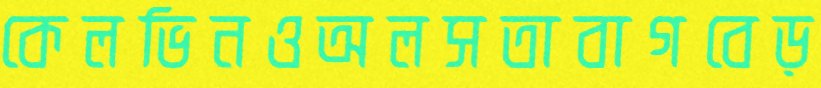
কেলভিনওঅলসতাবাগবেড়